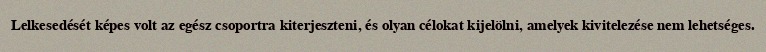
Lelkesedését képes volt az egész csoportra kiterjeszteni, és olyan célokat kijelölni, amelyek kivitelezése nem lehetséges.